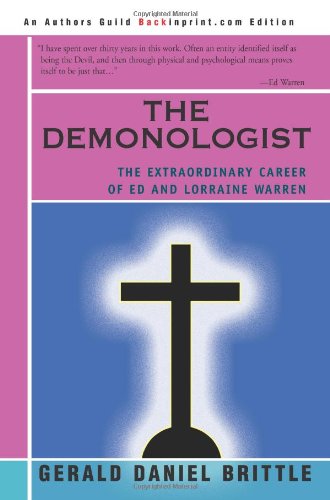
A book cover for The Demonologist: The Extraordinary Career of Ed and Lorraine Warren; Gerald Brittle; Literature & Fiction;